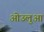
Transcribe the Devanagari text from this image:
ओउलुआ